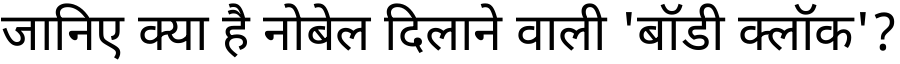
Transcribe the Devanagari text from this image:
जानिए क्या है नोबेल दिलाने वाली 'बॉडी क्लॉक'?